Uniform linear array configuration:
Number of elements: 48
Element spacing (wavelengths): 1
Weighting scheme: blackman
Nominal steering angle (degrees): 15
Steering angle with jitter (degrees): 14.909
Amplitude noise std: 0.05
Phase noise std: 0.05

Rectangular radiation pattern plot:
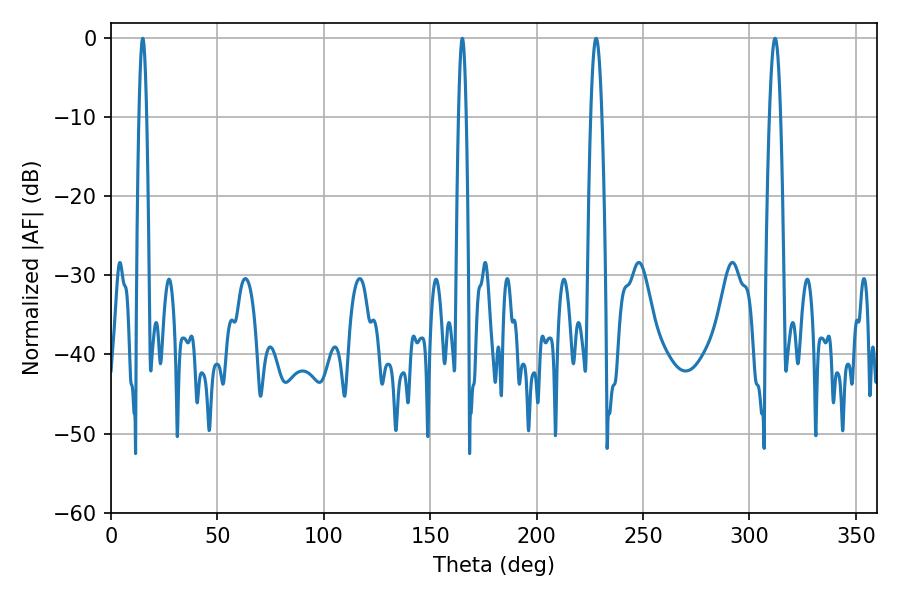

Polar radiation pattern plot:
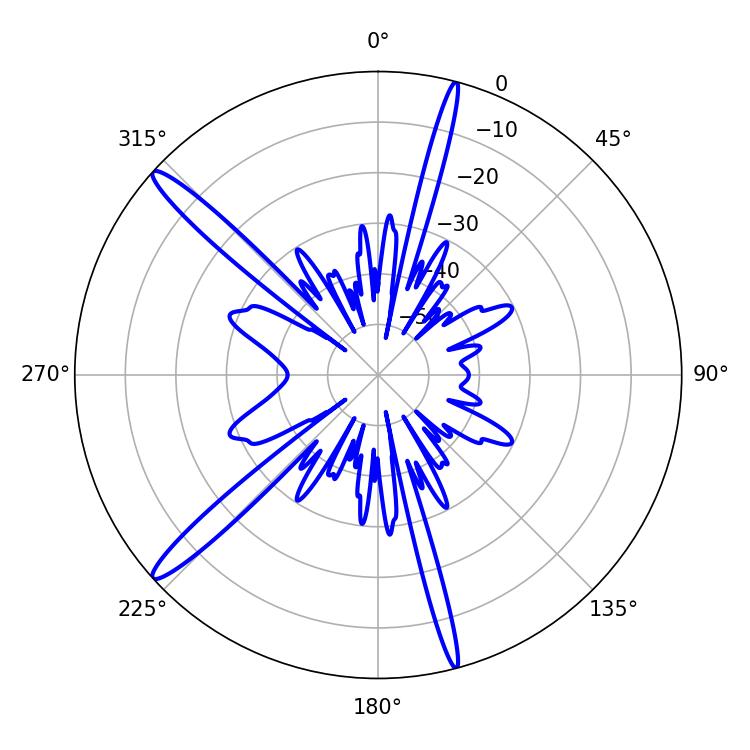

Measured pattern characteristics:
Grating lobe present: TRUE
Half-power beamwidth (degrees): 1.8
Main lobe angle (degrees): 165.06